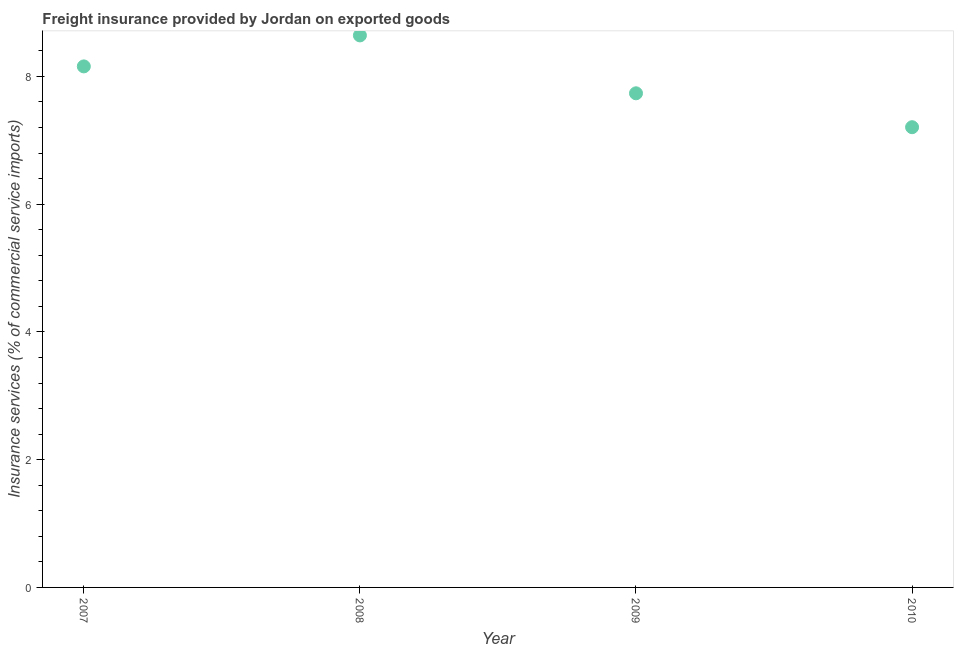
| Year | Insurance and financial services |
 | --- | --- |
 | 2007 | 8.16 |
 | 2008 | 8.64 |
 | 2009 | 7.74 |
 | 2010 | 7.21 |